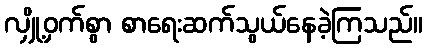
လျှို့ဝှက်စွာ စာရေးဆက်သွယ်နေခဲ့ကြသည်။